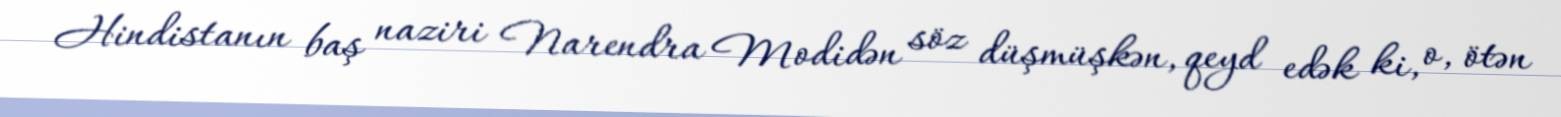
Hindistanın baş naziri Narendra Modidən söz düşmüşkən, qeyd edək ki, o, ötən